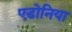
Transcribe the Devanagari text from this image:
एडोनिया